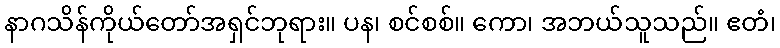
နာဂသိန်ကိုယ်တော်အရှင်ဘုရား။ ပန၊ စင်စစ်။ ကော၊ အဘယ်သူသည်။ ဧတံ၊